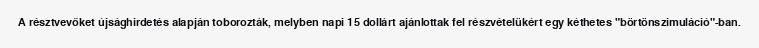
A résztvevőket újsághirdetés alapján toborozták, melyben napi 15 dollárt ajánlottak fel részvételükért egy kéthetes "börtönszimuláció"-ban.